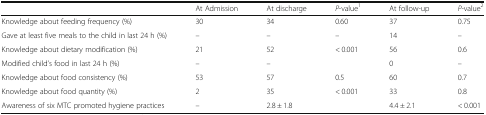
<table><thead><tr><td></td><td><b>At Admission</b></td><td><b>At discharge</b></td><td><b><i>P</i>-value<sup>1</sup></b></td><td><b>At follow-up</b></td><td><b><i>P</i>-value<sup>2</sup></b></td></tr></thead><tbody><tr><td>Knowledge about feeding frequency (%)</td><td>30</td><td>34</td><td>0.60</td><td>37</td><td>0.75</td></tr><tr><td>Gave at least five meals to the child in last 24 h (%)</td><td>–</td><td>–</td><td>–</td><td>14</td><td>–</td></tr><tr><td>Knowledge about dietary modification (%)</td><td>21</td><td>52</td><td>&lt; 0.001</td><td>56</td><td>0.6</td></tr><tr><td>Modified child’s food in last 24 h (%)</td><td>–</td><td>–</td><td></td><td>0</td><td>–</td></tr><tr><td>Knowledge about food consistency (%)</td><td>53</td><td>57</td><td>0.5</td><td>60</td><td>0.7</td></tr><tr><td>Knowledge about food quantity (%)</td><td>2</td><td>35</td><td>&lt; 0.001</td><td>33</td><td>0.8</td></tr><tr><td>Awareness of six MTC promoted hygiene practices</td><td>–</td><td>2.8 ± 1.8</td><td></td><td>4.4 ± 2.1</td><td>&lt; 0.001</td></tr></tbody></table>